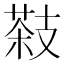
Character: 𦷨